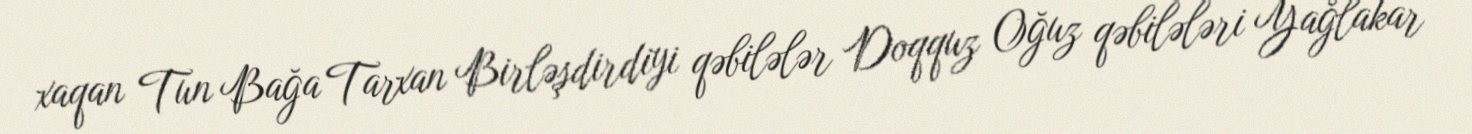
xaqan Tun Bağa Tarxan Birləşdirdiyi qəbilələr Doqquz Oğuz qəbilələri Yağlakar